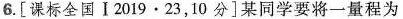
6.[课标全国Ⅰ2019·23，10分]某同学要将一量程为